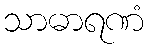
သာဓာရဏံ